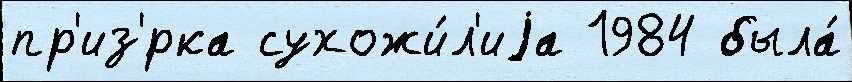
пр'из'́рка сухожи́л'иjа 1984 была́